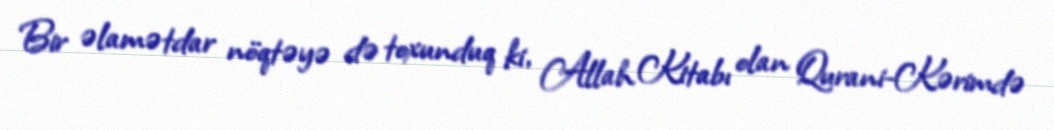
Bir əlamətdar nöqtəyə də toxunduq ki, Allah Kitabı olan Qurani-Kərimdə